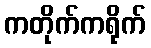
ကတိုက်ကရိုက်